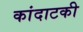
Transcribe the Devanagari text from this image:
कांदाटकी